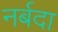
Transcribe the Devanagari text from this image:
नर्बदा